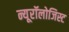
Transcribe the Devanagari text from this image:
न्यूरॉलोजिस्ट